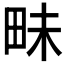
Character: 𮴾